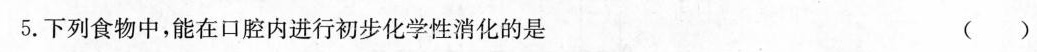
5.下列食物中，能在口腔内进行初步化学性消化的是 ()